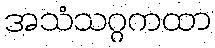
အသံသဂ္ဂကထာ